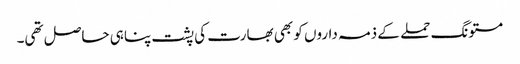
مستونگ حملے کے ذمہ داروں کو بھی بھارت کی پشت پناہی حاصل تھی۔